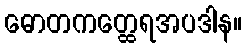
ဓောတကတ္ထေရအပဒါန။